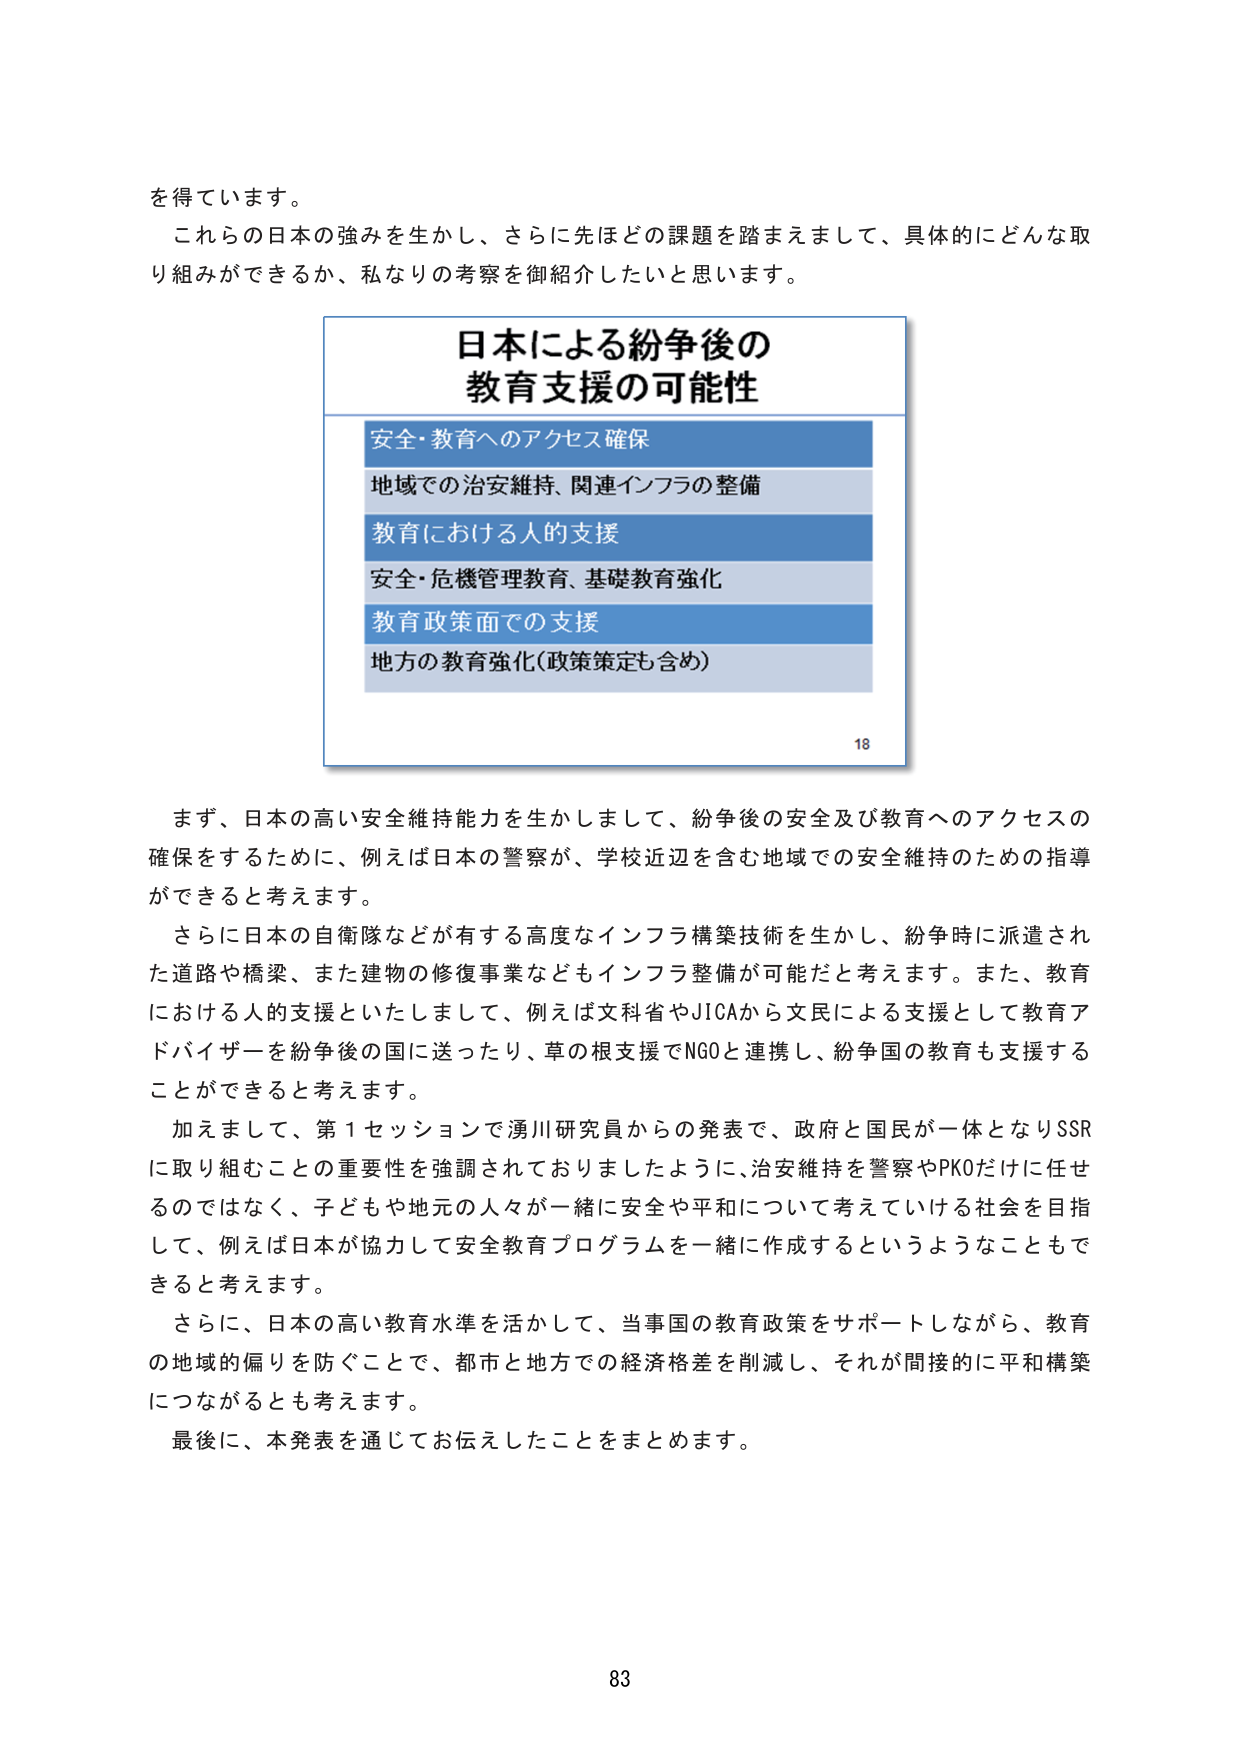
を得ています。

これらの日本の強みを生かし、さらに先ほどの課題を踏まえまして、具体的にどんな取り組みができるか、私なりの考察を御紹介したいと思います。

日本による紛争後の
教育支援の可能性

安全・教育へのアクセス確保
地域での治安維持、関連インフラの整備
教育における人的支援
安全・危機管理教育、基礎教育強化
教育政策面での支援
地方の教育強化（政策策定も含め）

18

まず、日本の高い安全維持能力を生かしまして、紛争後の安全及び教育へのアクセスの確保をするために、例えば日本の警察が、学校近辺を含む地域での安全維持のための指導ができると考えます。

さらに日本の自衛隊などが有する高度なインフラ構築技術を生かし、紛争時に派遣された道路や橋梁、また建物の修復事業などもインフラ整備が可能だと考えます。また、教育における人的支援といたしまして、例えば文科省やJICAから文民による支援として教育アドバイザーを紛争後の国に送ったり、草の根支援でNGOと連携し、紛争国の教育も支援することができると考えます。

加えまして、第1セッションで湧川研究員からの発表で、政府と国民が一体となりSSRに取り組むことの重要性を強調されておりましたように、治安維持を警察やPKOだけに任せるのではなく、子どもや地元の人々が一緒に安全や平和について考えていける社会を目指して、例えば日本が協力して安全教育プログラムを一緒に作成するというようなこともできると考えます。

さらに、日本の高い教育水準を活かして、当事国の教育政策をサポートしながら、教育の地域的偏りを防ぐことで、都市と地方での経済格差を削減し、それが間接的に平和構築につながるとも考えます。

最後に、本発表を通じてお伝えしたことをまとめます。

83